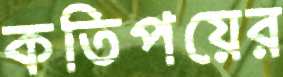
কতিপয়ের